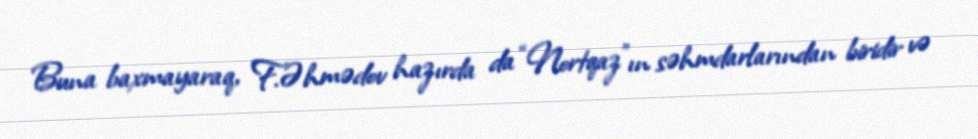
Buna baxmayaraq, F.Əhmədov hazırda da “Nortqaz”ın səhmdarlarından biridir və